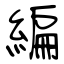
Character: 編